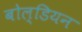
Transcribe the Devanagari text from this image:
बोल्डियन